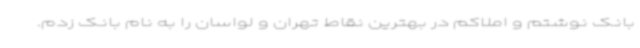
بانک نوشتم و املاکم در بهترین نقاط تهران و لواسان را به نام بانک زدم.